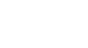
ရလာဒ်